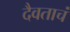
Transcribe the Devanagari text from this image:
दैवताचं